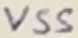
Text: VSS